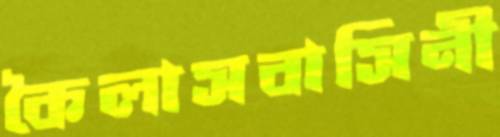
কৈলাসবাসিনী